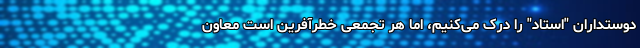
دوستداران "استاد" را درک می‌کنیم، اما هر تجمعی خطرآفرین است معاون